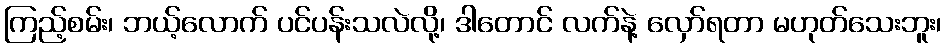
ကြည့်စမ်း၊ ဘယ့်လောက် ပင်ပန်းသလဲလို့၊ ဒါတောင် လက်နဲ့ လှော်ရတာ မဟုတ်သေးဘူး၊